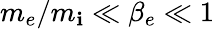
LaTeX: m_{e}/m_{\mathbf{i}}\ll\beta_{e}\ll1